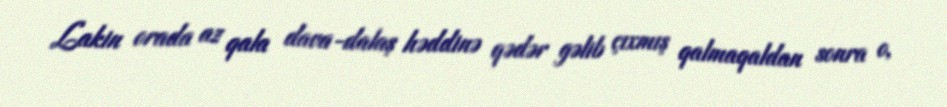
Lakin orada az qala dava-dalaş həddinə qədər gəlib çıxmış qalmaqaldan sonra o,